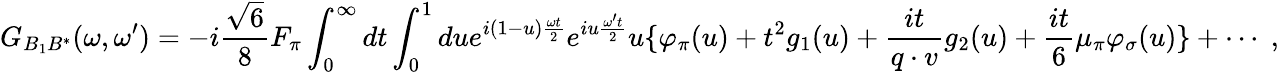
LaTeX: G_{B_{1}B^{\ast}}(\omega,\omega^{\prime})=-i{\frac{\sqrt{6}}{8}}F_{\pi}\int_{0}^{\infty}dt\int_{0}^{1}due^{i(1-u){\frac{\omega t}{2}}}e^{iu{\frac{\omega^{\prime}t}{2}}}u\{ \varphi_{\pi}(u)+t^{2}g_{1}(u)+{\frac{it}{q\cdot v}}g_{2}(u)+{\frac{it}{6}}\mu_{\pi}\varphi_{\sigma}(u)\} +\cdots\; ,